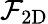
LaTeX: \mathcal{F}_{\mathrm{2D}}